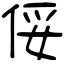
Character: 俀